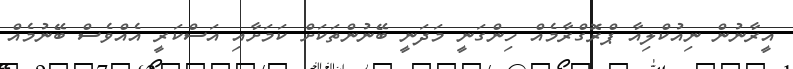
އީރާނުން ނިއުކްލިއާ ޕްރޮގްރާމެއް ހިންގަނީ މަދަނީ ބޭނުންތަކަށް ކަމަށާއި އަސްކަރީ އެއްވެސް ބޭނުމެއް